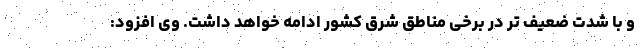
و با شدت ضعیف تر در برخی مناطق شرق کشور ادامه خواهد داشت. وی افزود: